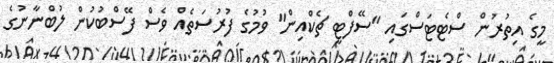
މީގެ އިތުރުން ސްޓެޓަސްގައި "ސޭފްޓީ ޗެކްއިން" ވުމުގެ ފުރުސަތެއް ވެސް ފޭސްބުކުން ލުބްނާނުގެ